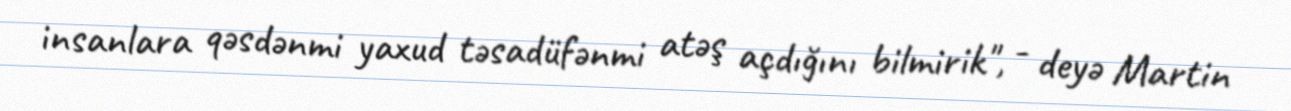
insanlara qəsdənmi yaxud təsadüfənmi atəş açdığını bilmirik", - deyə Martin